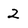
Character: 2